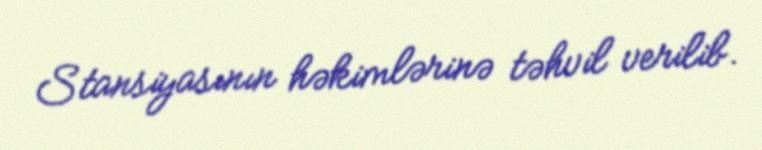
Stansiyasının həkimlərinə təhvil verilib.